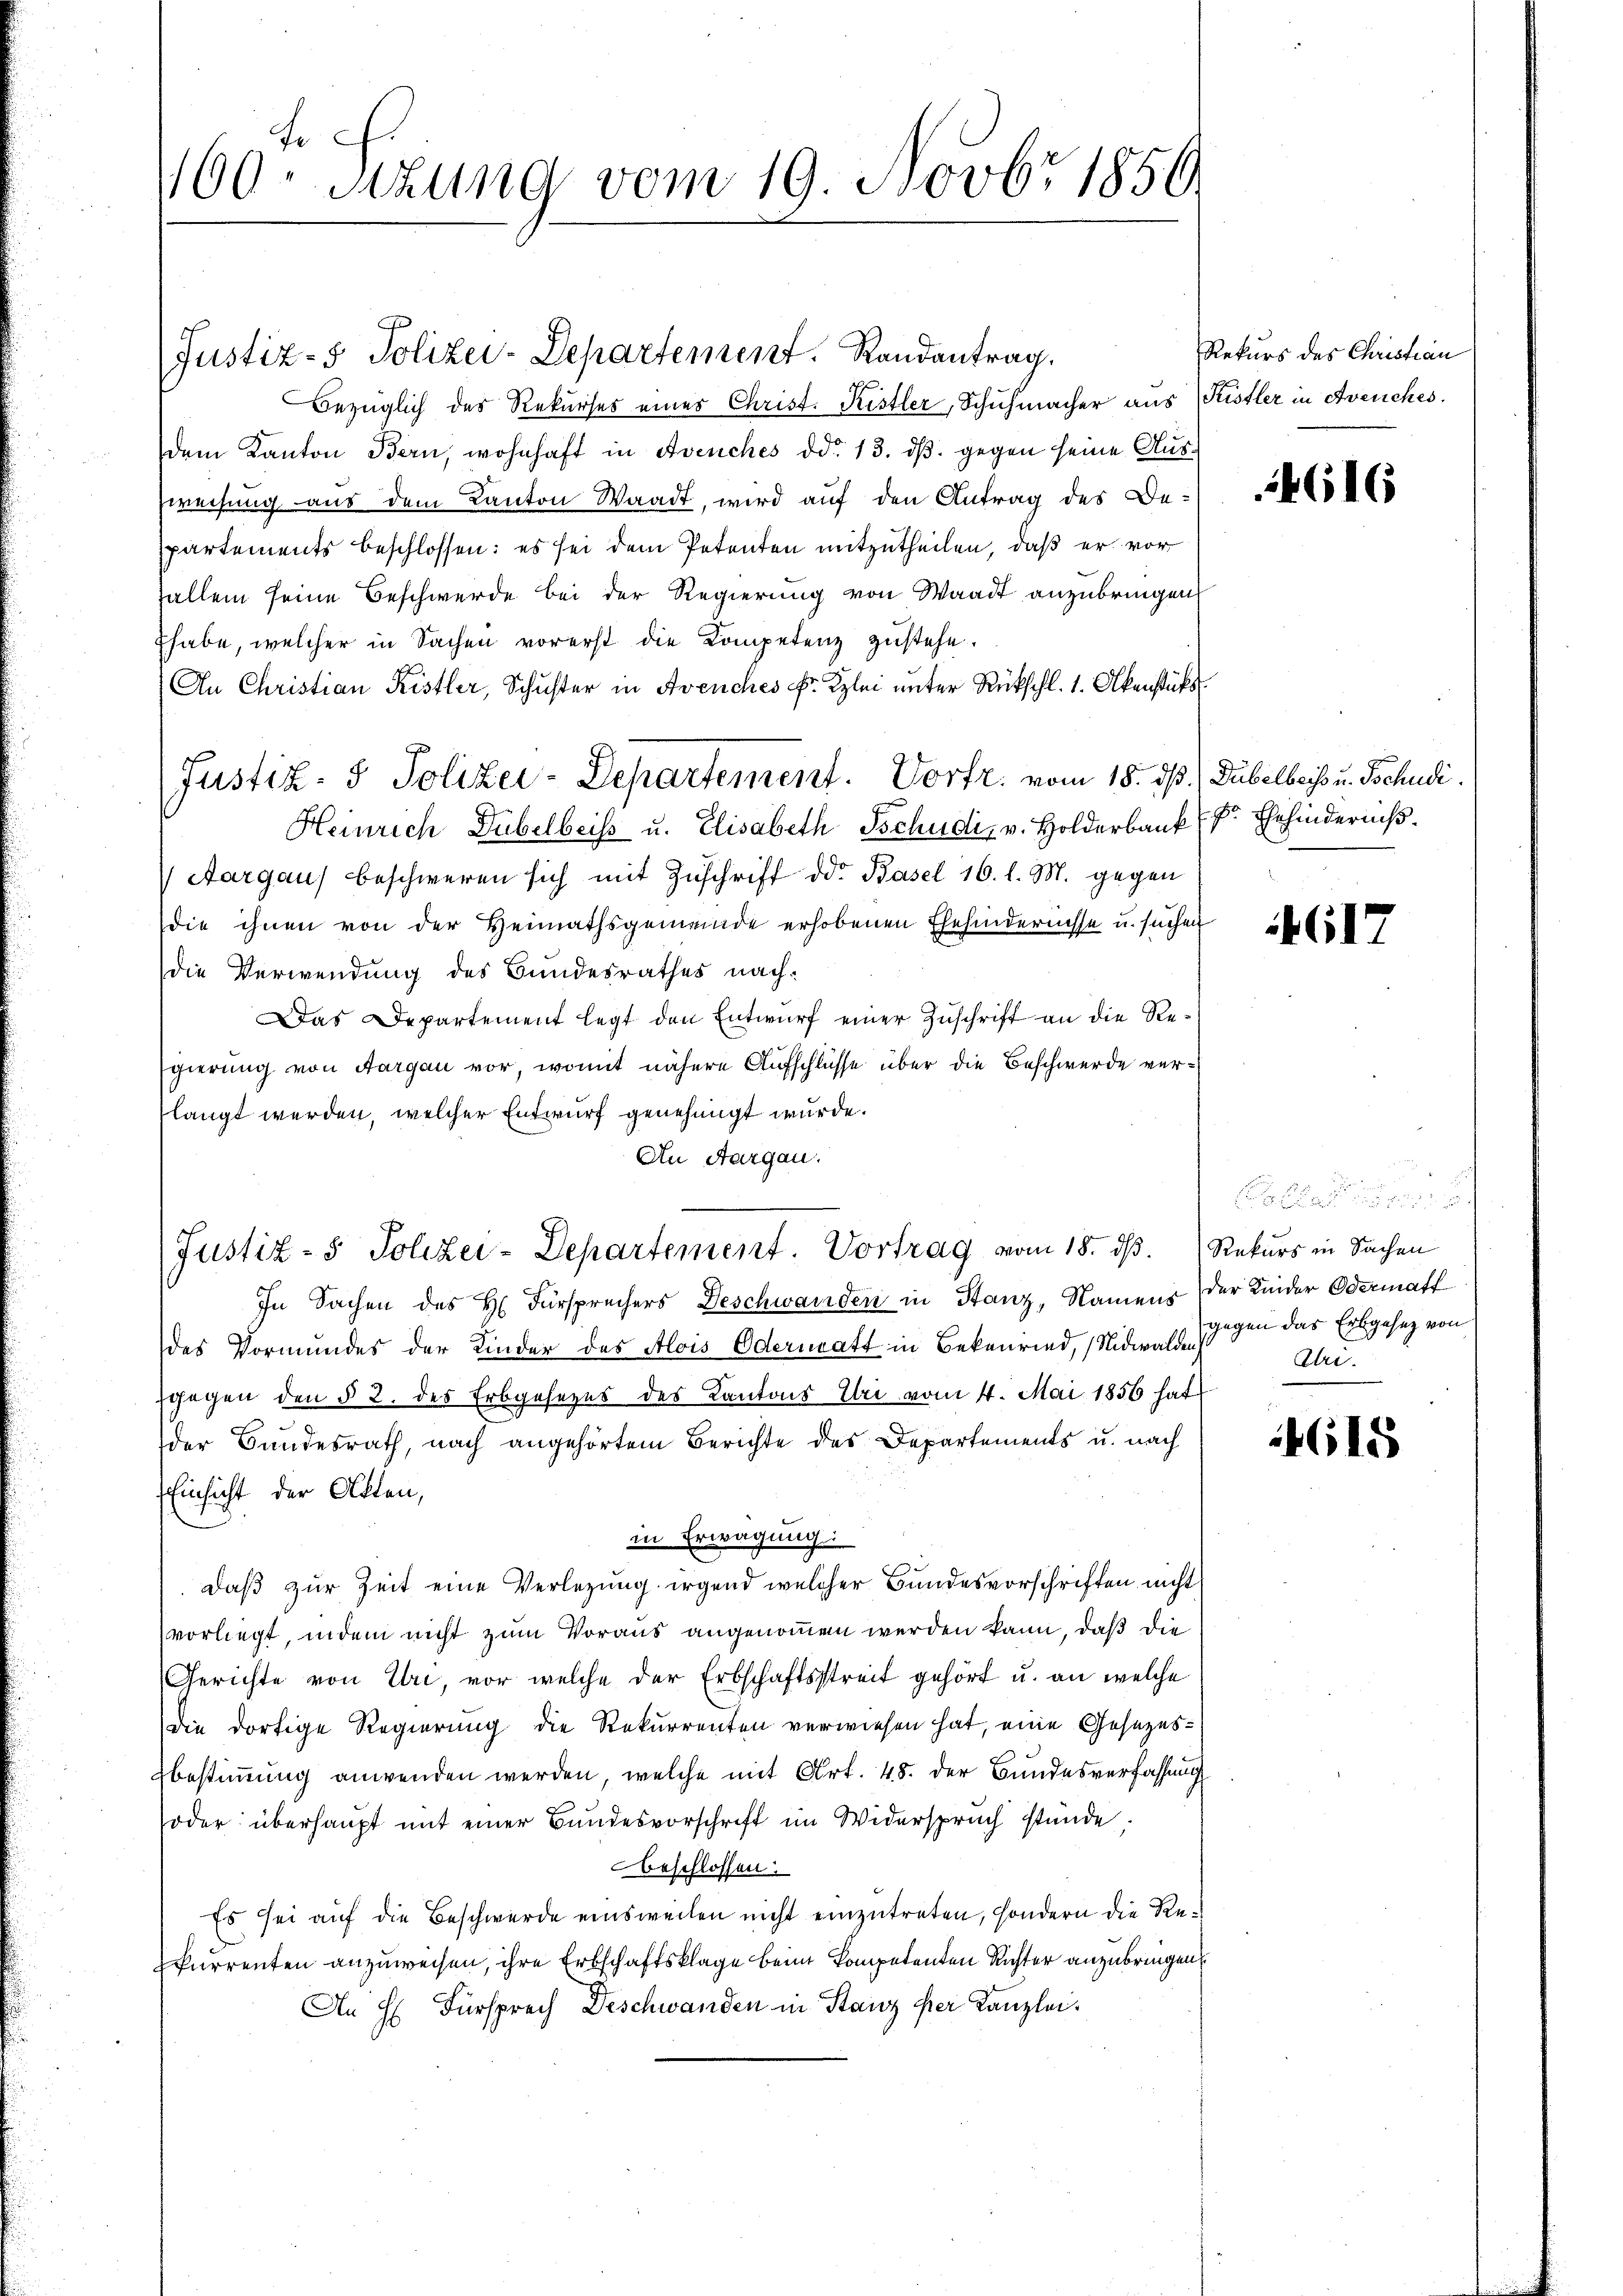
fe
1100 sizung vom 19. Novbr 1856.

Justiz- & Polizei-Departement. Randantrag.
Bezüglich des Rekurses eines Christ. Kistler, Schuhmacher aus Fristler in Avenches.
dem Kanton Bern, wohnhaft in Avenches ddo 13. dβ. gegen seine Aus¬
Zweisung aus dem Kanton Waadt, wird auf den Antrag des Bepartements beschlossen: es sei dem Petenten mitzutheilen, daß er vor
fallem seine Beschwerde bei der Regierung von Waadt anzubringen
thabe, welcher in Sachen vorerst die Kompetenz zustehe.
An Christian Kistler, Schuster in Avenches Fr. Kzlei unter Rückschl. 1. Akenstücks
Justiz- & Polizei-Departement. Vortr. vom 18. ds. (Dubelbers u. Schudi.
Heinrich Dübelbeiss u. Elisabeth Tschudi v. Holderbank
Aargau beschweren sich mit Zŭschrift der Basel 16. l. M. gegen
die ihnen von der Heimathsgemeinde erhobenen Ehehindernisse u. suchen
die Verwendung des Bundesrathes nach¬
Das Departement legt den Entwurf einer Zuschrift an die Regierung von Aargau vor, womit nähere Aufschlüsse über die Beschwerde verlangt werden, welcher Entwurf genehmigt wurde.
An Aargau.
Justiz- & Polizei-Departement. Vortrag vom 18. ds.
In Sachen des H. Fürsprechers Beschwanden in Stanz, Namens
des Vormundes der Kinder des Alois Odermatt in Bekenried, Nidwalden
sgegen den § 2. des Erbgesezes des Kantons Uri vom 4. Mai 1856 hat
der Bundesrath, nach angehörtem Berichte des Departements u. nach
Einsicht der Akten,
I
in Erwägung:
daß zur Zeit eine Verlegung irgend welcher Bundesvorschriften nicht
vorliegt, indem nicht zum Voraus angenommen werden kann, daß die
Gerichte von Uri, vor welche der Erbschaftsstreit gehört u. an welche
Die dortige Regierung die Rekurrenten verwiesen hat, eine Gesezes¬
Ebestimmung anwenden werden, welche mit Art. 48. der Bundesverfassung
oder überhaupt mit einer Bundesvorschrift im Widerspruch stande,
beschlossen:
Es sei auf die Beschwerde einsweilen nicht einzutreten, sondern die Rekurrenten anzuweisen, ihre Erbschaftsklage beim kompetenten Richter anzubringen
An H. Fürsprech Deschwanden in Stanz per Kanzlei.

Rekurs des Christian

4616

F. Ehehinderniß.

Cl

Rekurs in Sachen
der Kinder Odermatt
gegen das Erbgesez von
Dri.

4618